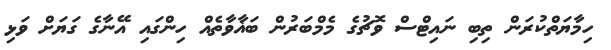
ހިމާޔަތްކުރަން ތިބި ނައިޓްސް ވޮޗުގެ މެމްބަރުން ބަޣާވާތެއް ހިންގައި އޭނާގެ ގަޔަށް ވަޅި